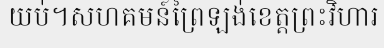
យប់។សហគមន៍ព្រៃឡង់ខេត្តព្រះវិហារ